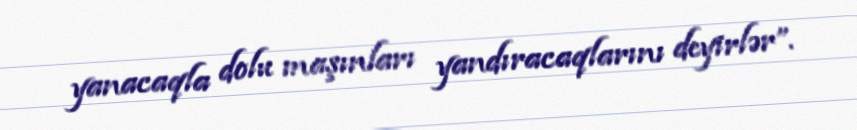
yanacaqla dolu maşınları yandıracaqlarını deyirlər”.